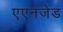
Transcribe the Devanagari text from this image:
एएनजेड